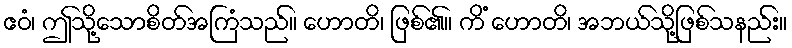
ဧဝံ၊ ဤသို့သောစိတ်အကြံသည်။ ဟောတိ၊ ဖြစ်၏။ ကိံ ဟောတိ၊ အဘယ်သို့ဖြစ်သနည်း။